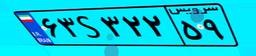
۷۸S۰۴۰۳۶